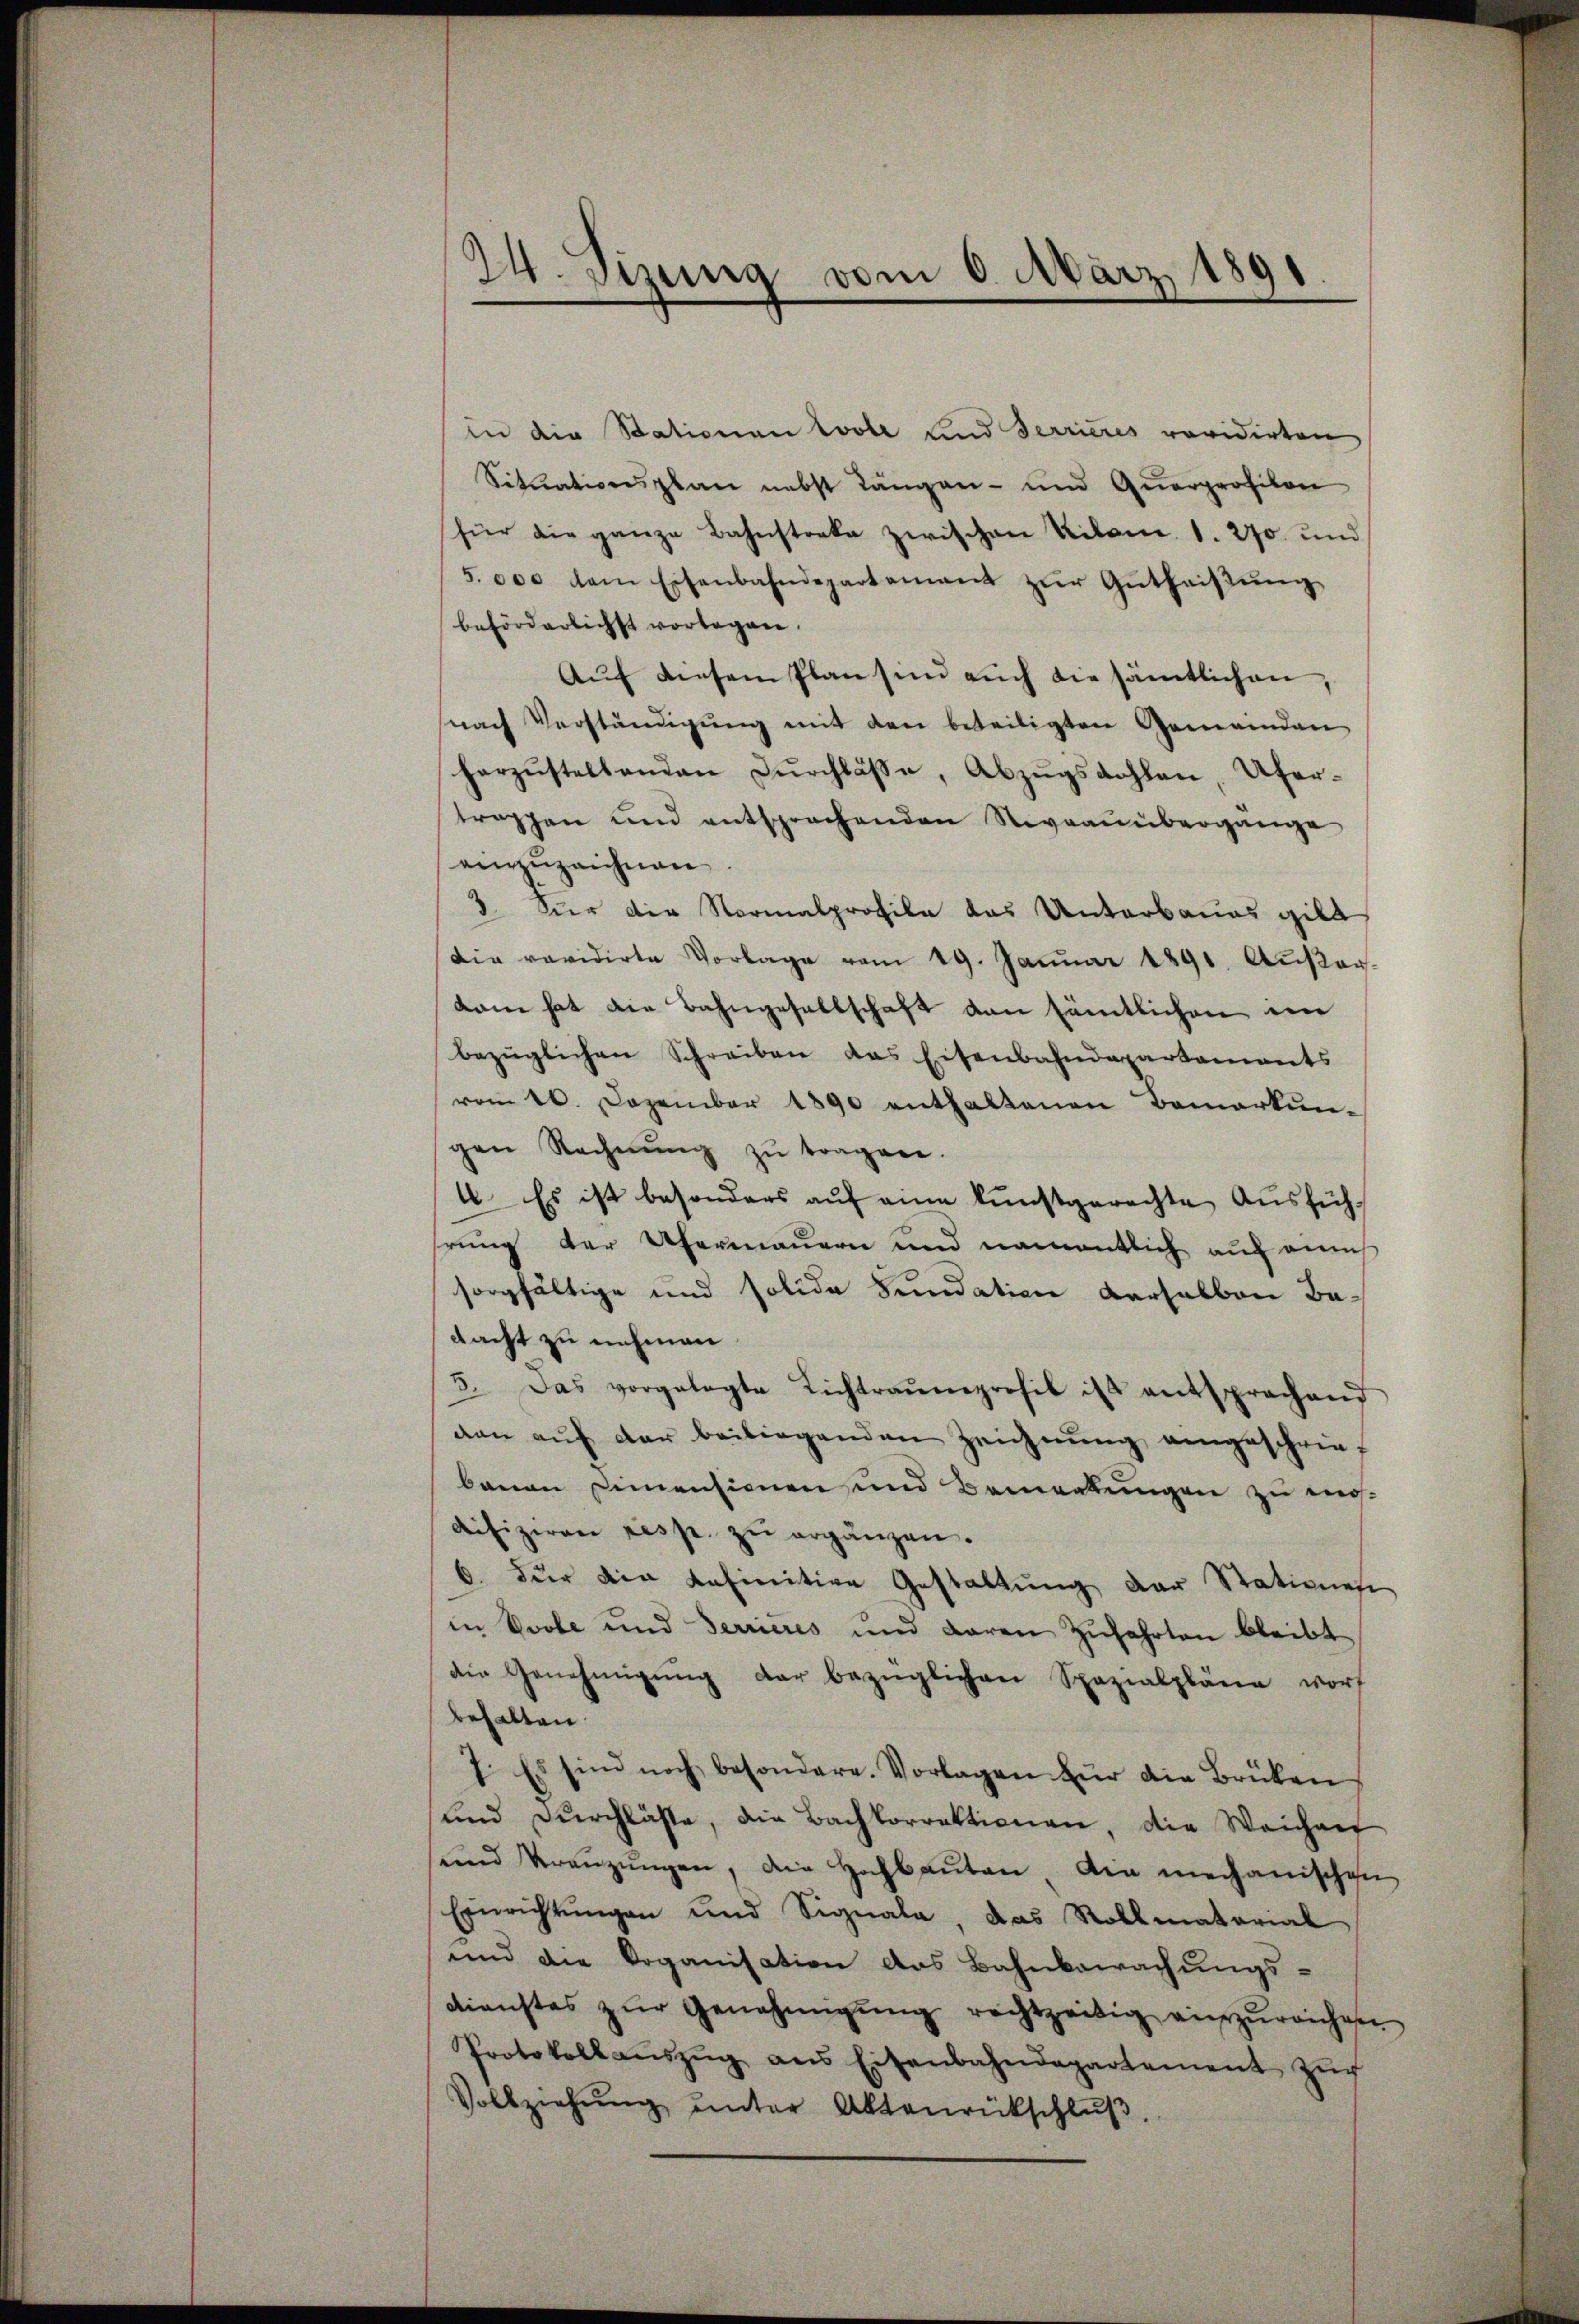
24. Sizung vom 6. März 1891

in die Stationen tole und Terrieres revidirten
Sitŭationsplan nebst Längen- und Qŭarprofikon
für die ganze Bahnstreke zwischen Kilom. 1. 270 und
5.000 dem Eisenbahndepartement zŭr Gŭtheiβŭng
beförderlichst vorlegen.
Auf diesem Plan sind auch die sämtlichen,
nach Verständigŭng mit den beteiligten Gemeinden
horzŭstellenden Dŭrchlaβe, Abzŭgsdohlen, Ufer-
trappen und entsprechenden Revaaŭübergange
einzuzeichnen
3. Vier die Normalprofile das Unterbaues gilt
Die revidirte Vorlage vom 19. Janŭar 1891. Aŭβer-
kam hat die Bahngesellschaft von sämtlichen ein
bezüglichen Schreiben das Eisenbahndepartaments
vom 10. Dezember 1890 enthaltenen Bemerkun-
gen Rechnŭng zŭ tragen.
4. Es ist besonders auf eine kunstgerechte Aŭsfühhrung der Ufermauern und namentlich auf ann
sorgfältige und solide Fundation versalben Badacht zu nehmen.
5. Das vorgelegte Lichtraŭmprofil ist entsprachend
dan aŭf der beiliegenden Zeichnŭng angeschrie-
bauen Dimensionen und Bemerkungen zu erdifiziren resp. zŭ ergänzen.
6. für die definitive Gestaltŭng der Stationes
in Vvole und Terrieres und waren Zŭfahrten bleibt
die Genehmigŭng der bezüglichen Spazialpläne worf
behalten.
7. Es sind noch besondere. Vorlagen für die Brüken
und Durchläste, die Bachkorrektionen, die Weichen
und Veranzŭngen, die Hochbaŭten die mechanischen
Einrichtŭngen und Signale, das Rollmatorial
und die Doganisation das Bahnbewachungs-
dienstes zŭr Genehmigŭng rechtzeitig einzureichnen
Protokollaŭszŭg ans Eisenbahndepartement zŭr
Vollziehŭng ŭnter Aktenrückschlŭβ,